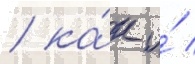
/ ка́к и́ /